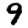
Digit: 9